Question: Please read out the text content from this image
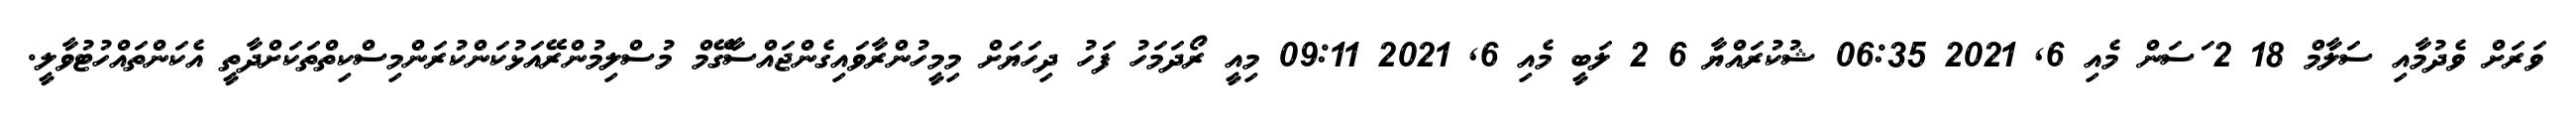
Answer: ވަރަށް ވެދުމާއި ސަލާމް 18 2 ަސަން މެއި 6, 2021 06:35 ޝުކުރައްޔާ 6 2 ލަބީ މެއި 6, 2021 09:11 މިއީ ރޯދަމަހު ފަހު ދިހަޔަށް މިމީހުންރާވައިގެންޖައްސާގޭމް މުސްލިމުންރޭއަޅުކަންކުރަންމިސްކިތްތަކަށްދާތީ އެކަންތައްހުޓުވާލީ.